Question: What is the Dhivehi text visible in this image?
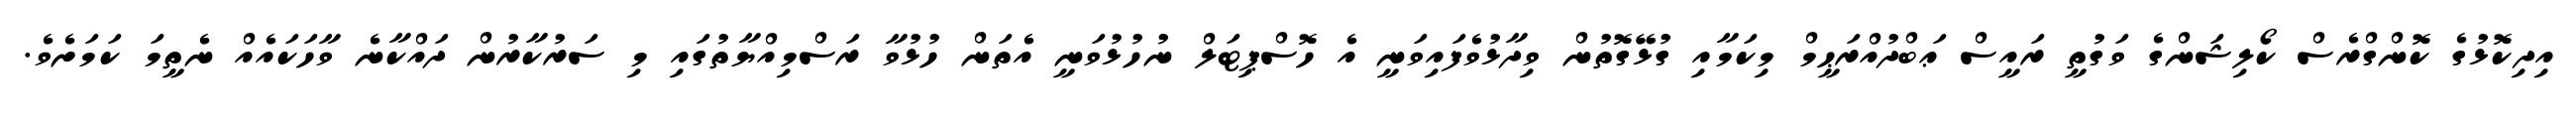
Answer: އިދިކޮޅުގެ ކޮންގްރެސް ކޯލިޝަންގެ ވަގުތީ ރައީސް ޢަބްދުއްރަޙީމް މިކަމާއި ގުޅޭގޮތުން ވިދާޅުވެފައިވަނީ އެ ހޮސްޕިޓަލް ނުހުޅުވަނީ އެތަން ހުޅުވާ ރަސްމިއްޔާތުގައި މި ސަރުކާރުން ދައްކާނެ ވާހަކައެއް ނެތީމަ ކަމަށެވެ.